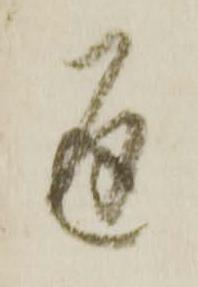
通